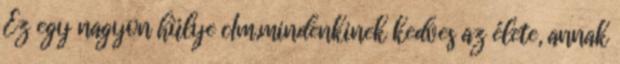
Ez egy nagyon hülye cÍm,mindenkinek kedves az élete, annak